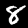
Label: 8